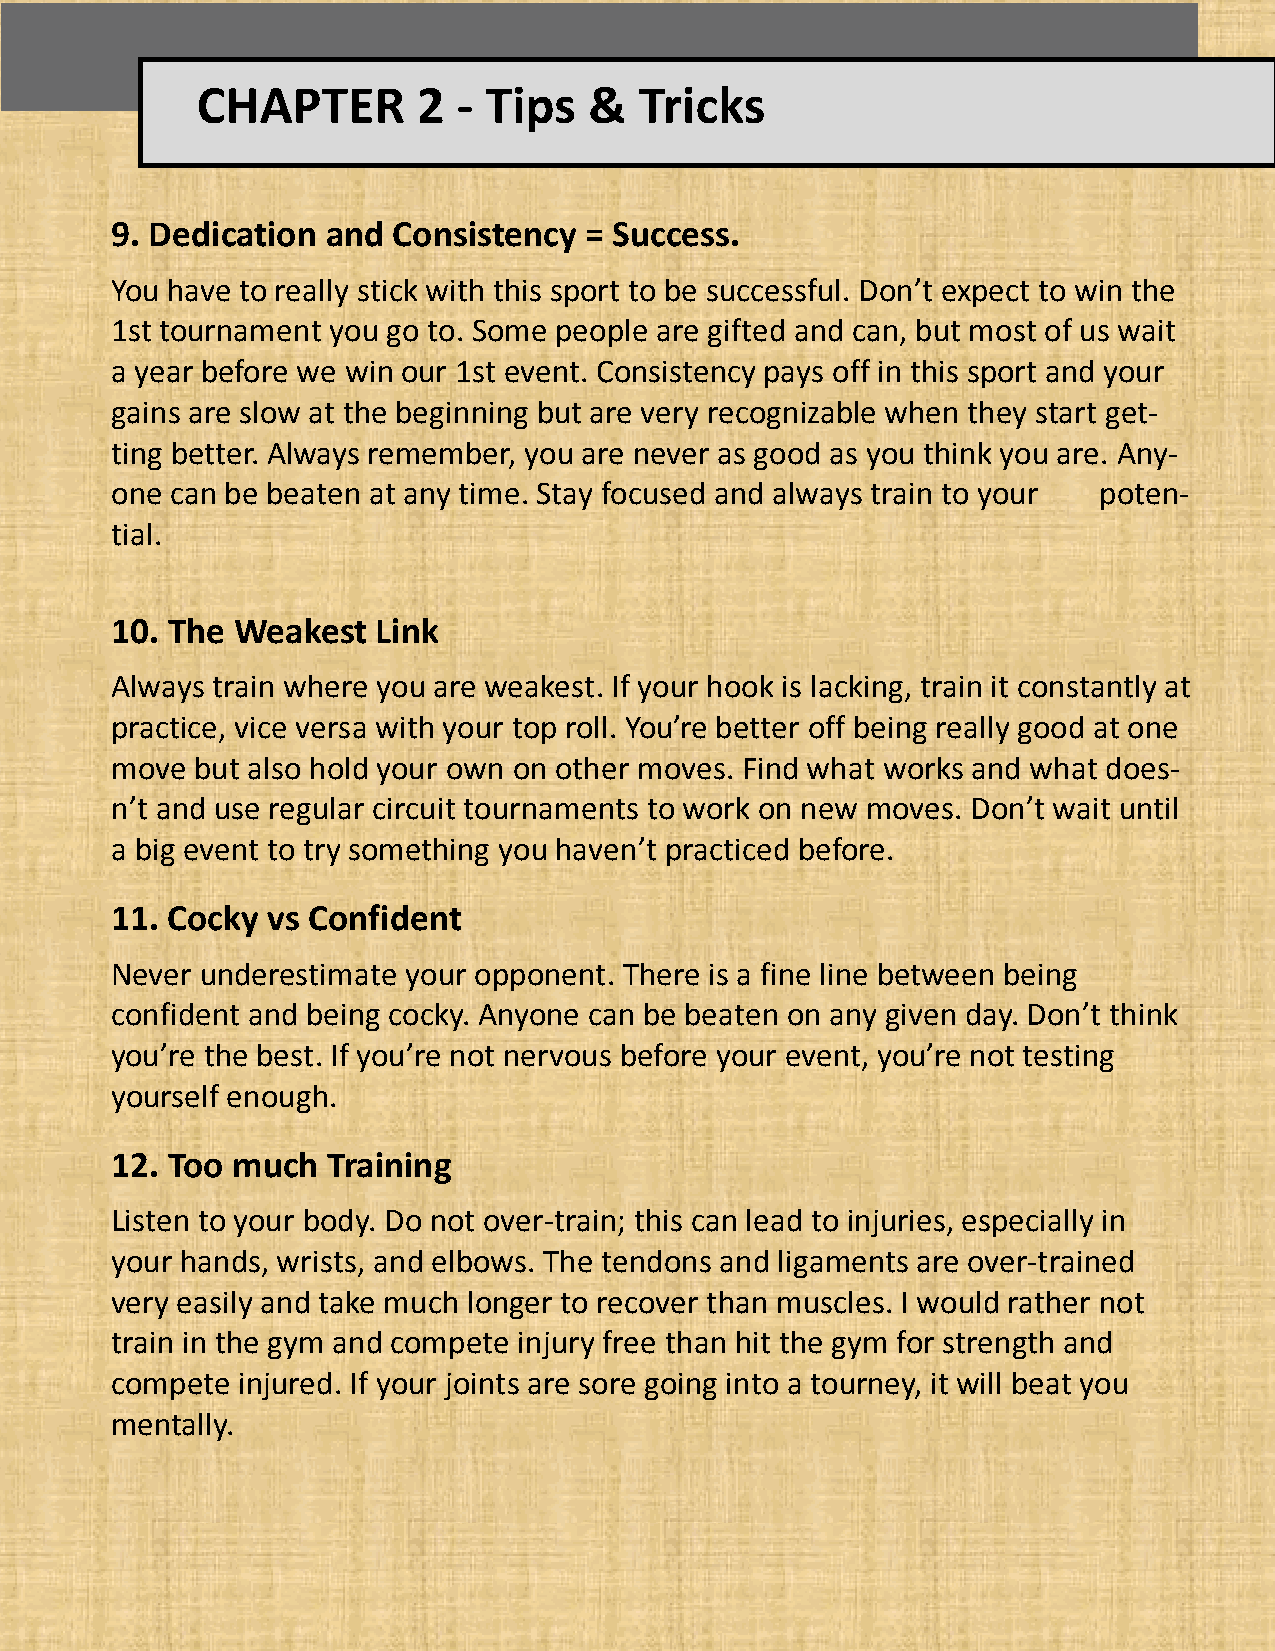
CHAPTER        2 - Tips   &  Tricks
 9. Dedication  and Consistency  = Success.
 You have to really stick with this sport to be successful. Don’t expect to win the
 1st tournament you go to. Some people are gifted and can, but most of us wait
 a year before we win our 1st event. Consistency pays off in this sport and your
 gains are slow at the beginning but are very recognizable when they start get-
 ting better. Always remember, you are never as good as you think you are. Any-
 one can be beaten at any time. Stay focused and always train to your poten-
 tial.
 10. The Weakest   Link
 Always train where you are weakest. If your hook is lacking, train it constantly at
 practice, vice versa with your top roll. You’re better off being really good at one
 move  but also hold your own on other moves. Find what works and what does-
 n’t and use regular circuit tournaments to work on new moves. Don’t wait until
 a big event to try something you haven’t practiced before.
 11. Cocky  vs Confident
 Never underestimate your opponent. There is a fine line between being
 confident and being cocky. Anyone can be beaten on any given day. Don’t think
 you’re the best. If you’re not nervous before your event, you’re not testing
 yourself enough.
 12. Too much   Training
 Listen to your body. Do not over-train; this can lead to injuries, especially in
 your hands, wrists, and elbows. The tendons and ligaments are over-trained
 very easily and take much longer to recover than muscles. I would rather not
 train in the gym and compete injury free than hit the gym for strength and
 compete  injured. If your joints are sore going into a tourney, it will beat you
 mentally.